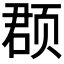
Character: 𫖳